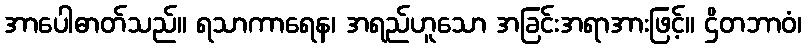
အာပေါဓာတ်သည်။ ရသာကာရေန၊ အရည်ဟူသော အခြင်းအရာအားဖြင့်။ ဌိတဘာဝံ၊